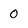
Character: 0